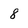
Character: 8